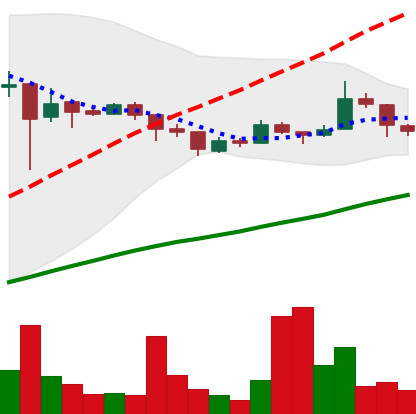
Ticker: LTC-USD
Chart end date: 2018-01-09
Forward return: -3.385%
Label: down_3_5